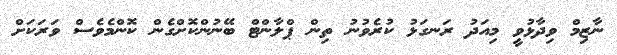
ނާޒިމް ވިދާޅުވީ މިއަދު ރަނގަޅު ކުރެވުނު ތިން ޕްލާންޓް ބޭނުންކޮށްގެން ކޮންމެވެސް ވަރަކަށް